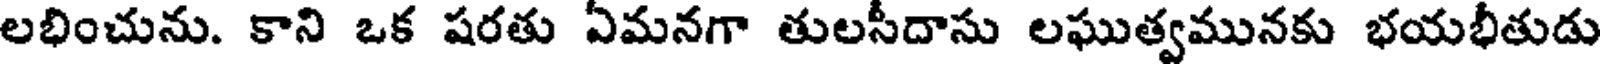
లభించును. కాని ఒక షరతు ఏమనగా తులసీదాసు లఘుత్వమునకు భయభీతుడు